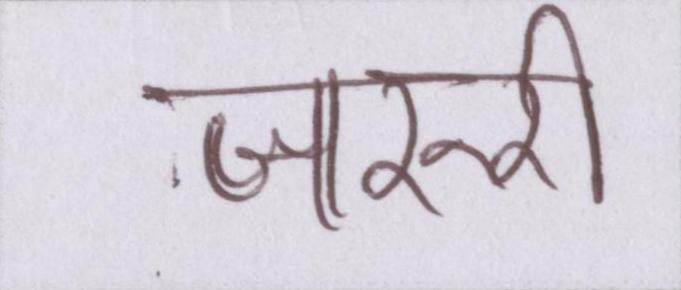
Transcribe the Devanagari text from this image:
जरुरी